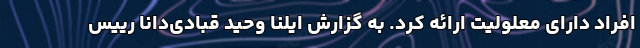
افراد دارای معلولیت ارائه کرد. به گزارش ایلنا وحید قبادی‌دانا رییس